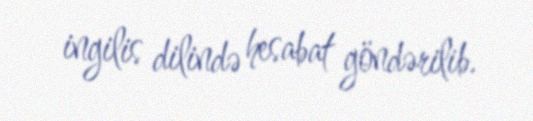
ingilis dilində hesabat göndərilib.